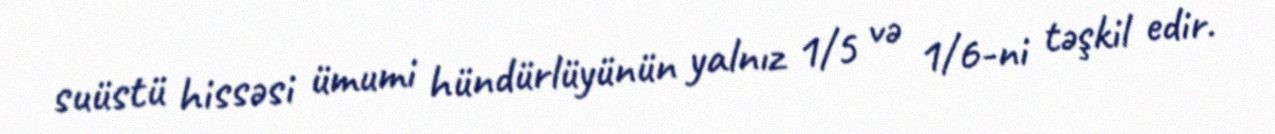
suüstü hissəsi ümumi hündürlüyünün yalnız 1/5 və 1/6-ni təşkil edir.